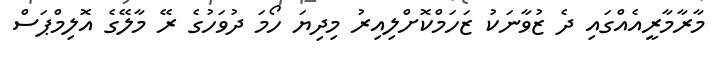
މާރާމާރީއެއްގައި ދެ ޒުވާނަކު ޒަހަމްކޮށްލިއިރު މިދިޔަ ހޯމަ ދުވަހުގެ ރޭ މާލޭގެ އޮލިމްޕަސް